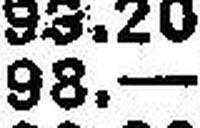
98.—